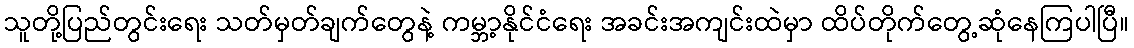
သူတို့ပြည်တွင်းရေး သတ်မှတ်ချက်တွေနဲ့ ကမ္ဘာ့နိုင်ငံရေး အခင်းအကျင်းထဲမှာ ထိပ်တိုက်တွေ့ဆုံနေကြပါပြီ။